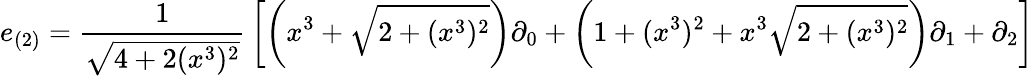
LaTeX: e_{(2)}={\frac{1}{\sqrt{4+2(x^{3})^{2}}}}\left[\left(x^{3}+{\sqrt{2+(x^{3})^{2}}}\right)\partial_{0}+\left(1+(x^{3})^{2}+x^{3}{\sqrt{2+(x^{3})^{2}}}\right)\partial_{1}+\partial_{2}\right]